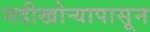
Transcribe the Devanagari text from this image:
नदीखोर्‍यापासून